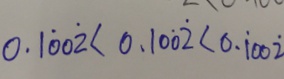
0 . 1 \dot { 0 } 0 \dot { 2 } < 0 . 1 0 \dot { 0 } \dot { 2 } < 0 . \dot { 1 } 0 0 \dot { 2 }